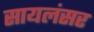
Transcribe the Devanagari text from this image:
सायलंसर